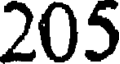
205